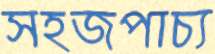
সহজপাচ্য